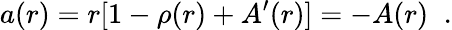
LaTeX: a(r)=r[1-\rho(r)+A^{\prime}(r)]=-A(r)\; \; .